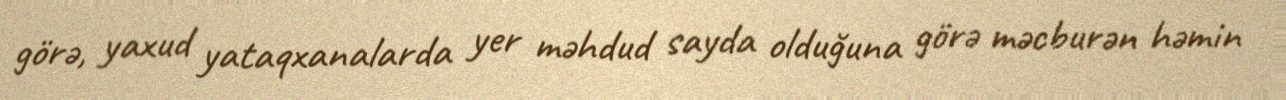
görə, yaxud yataqxanalarda yer məhdud sayda olduğuna görə məcburən həmin